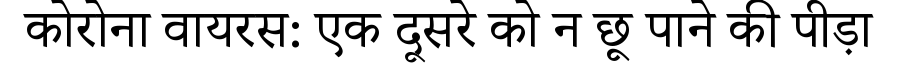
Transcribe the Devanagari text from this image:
कोरोना वायरस: एक दूसरे को न छू पाने की पीड़ा